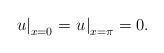
LaTeX: \begin{align*}{\left. u \right|_{x = 0}} = {\left. u \right|_{x = \pi }} = 0. \end{align*}